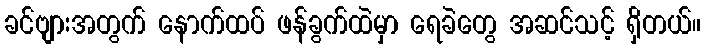
ခင်ဗျားအတွက် နောက်ထပ် ဖန်ခွက်ထဲမှာ ရေခဲတွေ အဆင်သင့် ရှိတယ်။